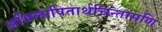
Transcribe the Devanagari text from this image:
अभिलाषितार्थचिन्तामणि